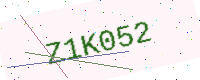
Text: Z1K052